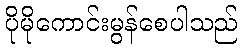
ပိုမိုကောင်းမွန်စေပါသည်